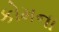
કોમના